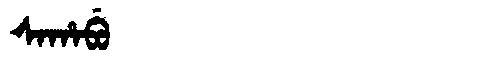
Manchu: ᠰᠠᡥᠠᠪᡠ
Romanization: SAHABU